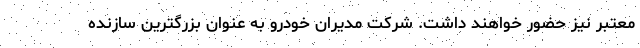
معتبر نیز حضور خواهند داشت. شرکت مدیران خودرو به عنوان بزرگترین سازنده